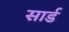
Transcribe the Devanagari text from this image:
सार्ड